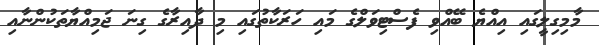
މާމިގިލީގައި އިއްޔެ ބޭއްވި ފެސްޓިވަލްގެ މައި ހަރަކާތުގައި މި ދާއިރާގެ ގިނަ ޖަމިއްޔާތަކުންނާއި